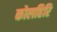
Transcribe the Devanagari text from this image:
कोलहिरि